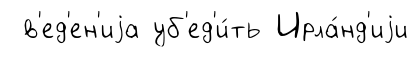
в'ед'ен'иjа уб'ед'и́ть Ирла́нд'иjи